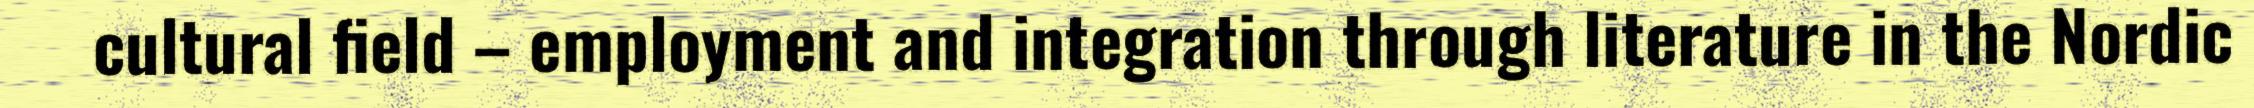
cultural field – employment and integration through literature in the Nordic